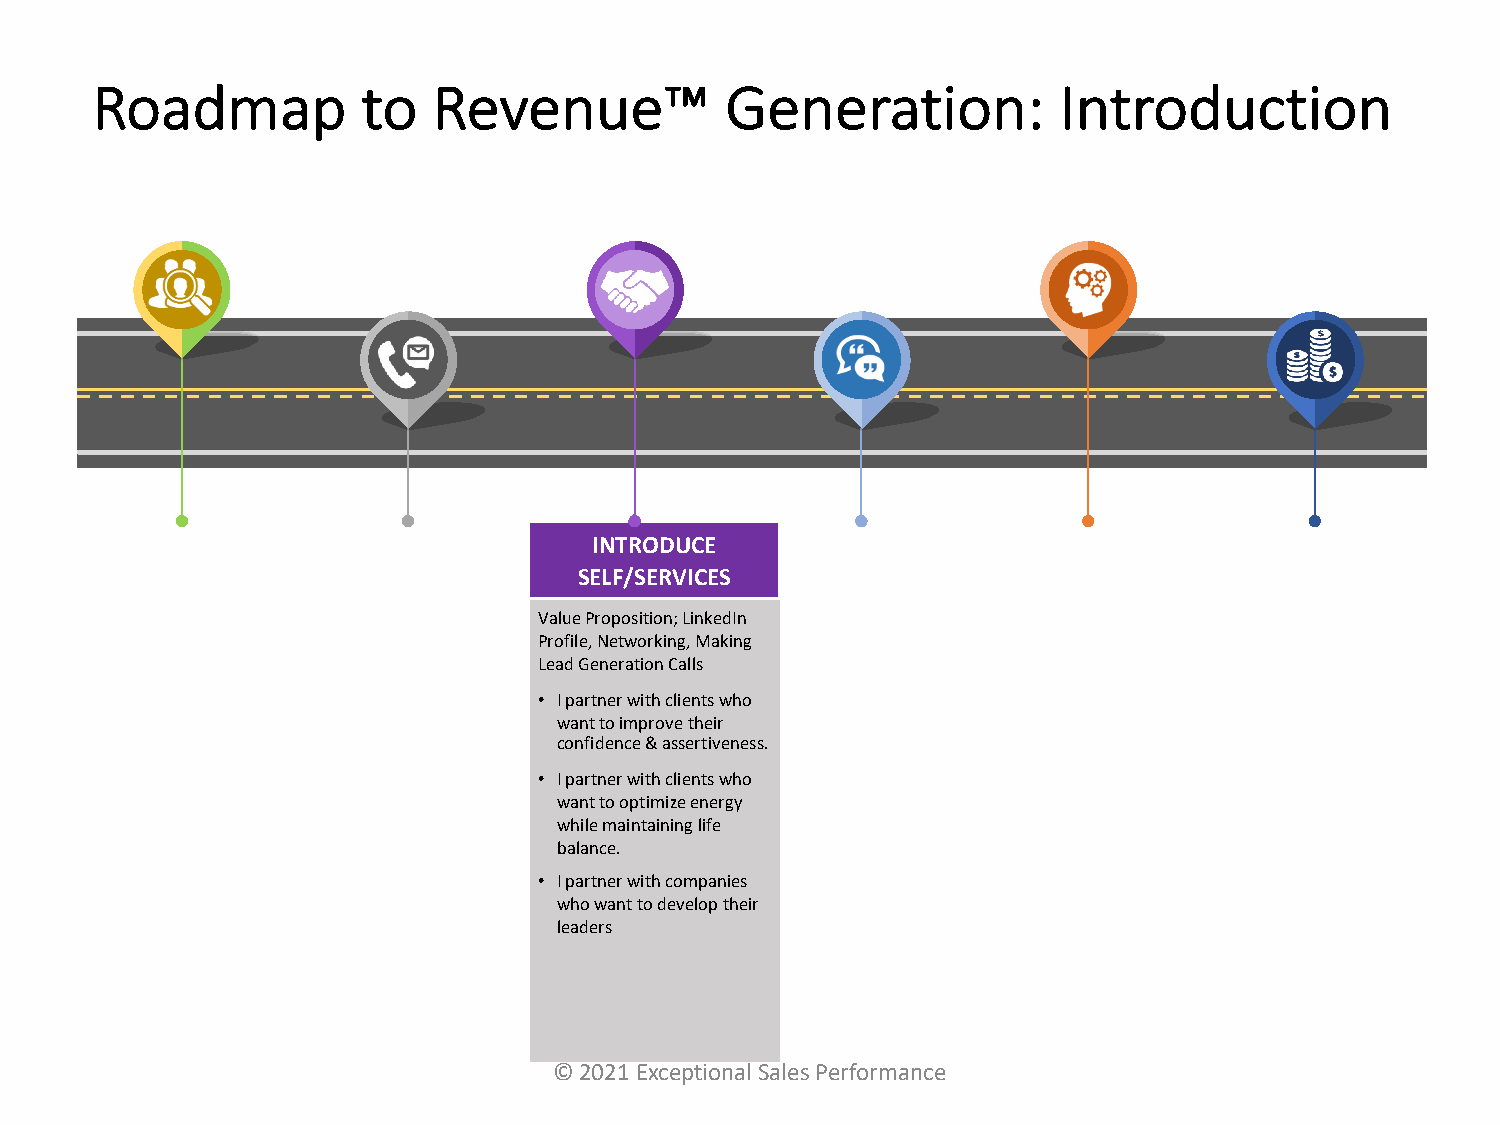
Roadmap           to   Revenue™           Generation:           Introduction
 INTRODUCE
 SELF/SERVICES
 Value Proposition; LinkedIn
 Profile, Networking, Making
 Lead Generation Calls
 • I partner with clients who
 want to improve their
 confidence & assertiveness.
 • I partner with clients who
 want to optimize energy
 while maintaining life
 balance.
 • I partner with companies
 who want to develop their
 leaders
 © 2021 Exceptional Sales Performance